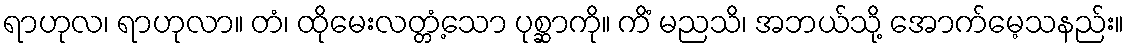
ရာဟုလ၊ ရာဟုလာ။ တံ၊ ထိုမေးလတ္တံ့သော ပုစ္ဆာကို။ ကိံ မညသိ၊ အဘယ်သို့ အောက်မေ့သနည်း။